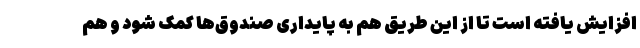
افزایش یافته است تا از این طریق هم به پایداری صندوق‌ها کمک شود و هم